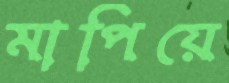
মাপিয়ে